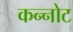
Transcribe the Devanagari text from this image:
कन्नोट